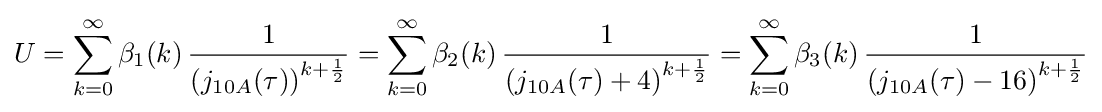
U=\sum _{k=0}^{\infty }\beta _{1}(k)\,{\frac {1}{\left(j_{10A}(\tau )\right)^{k+{\frac {1}{2}}}}}=\sum _{k=0}^{\infty }\beta _{2}(k)\,{\frac {1}{\left(j_{10A}(\tau )+4\right)^{k+{\frac {1}{2}}}}}=\sum _{k=0}^{\infty }\beta _{3}(k)\,{\frac {1}{\left(j_{10A}(\tau )-16\right)^{k+{\frac {1}{2}}}}}